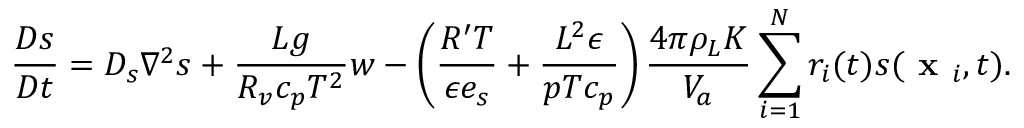
\frac { D s } { D t } = D _ { s } \nabla ^ { 2 } s + \frac { L g } { R _ { v } c _ { p } T ^ { 2 } } w - \left( \frac { R ^ { \prime } T } { \epsilon e _ { s } } + \frac { L ^ { 2 } \epsilon } { p T c _ { p } } \right) \frac { 4 \pi \rho _ { L } K } { V _ { a } } \sum _ { i = 1 } ^ { N } r _ { i } ( t ) s ( \textbf { x } _ { i } , t ) .